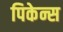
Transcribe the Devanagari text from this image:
पिकेन्स